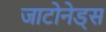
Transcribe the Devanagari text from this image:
जाटोनेड्स